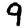
Digit: 9